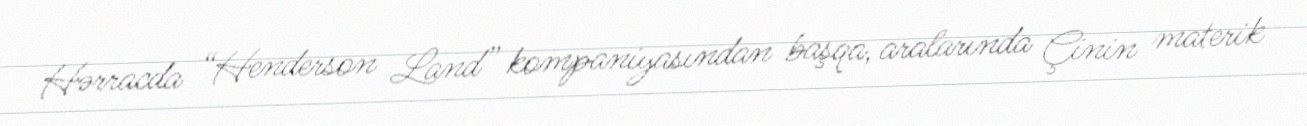
Hərracda “Henderson Land” kompaniyasından başqa, aralarında Çinin materik